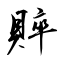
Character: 賥